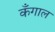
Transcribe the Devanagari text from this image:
कँगाल